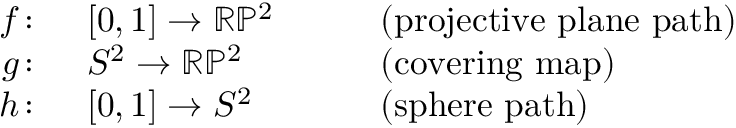
\begin{array} { r l r l } { f \colon \, } & { { } [ 0 , 1 ] \to \mathbb { R P } ^ { 2 } } & { \quad } & { { } { \mathrm { ( p r o j e c t i v e ~ p l a n e ~ p a t h ) } } } \\ { g \colon \, } & { { } S ^ { 2 } \to \mathbb { R P } ^ { 2 } } & { \quad } & { { } { \mathrm { ( c o v e r i n g ~ m a p ) } } } \\ { h \colon \, } & { { } [ 0 , 1 ] \to S ^ { 2 } } & { \quad } & { { } { \mathrm { ( s p h e r e ~ p a t h ) } } } \end{array}